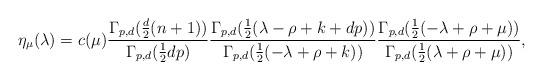
LaTeX: \begin{align*}\eta_\mu (\lambda) = c (\mu) \frac{\Gamma_{p, d} (\frac{d}{2} (n+1))}{\Gamma_{p, d} (\frac{1}{2} d p)}\frac{\Gamma_{p, d} (\frac{1}{2} (\lambda - \rho + k + d p))}{\Gamma_{p, d} (\frac{1}{2} (- \lambda + \rho +k))} \frac{\Gamma_{p, d} (\frac{1}{2} (- \lambda + \rho + \mu))}{\Gamma_{p, d} (\frac{1}{2} (\lambda + \rho +\mu))},\end{align*}